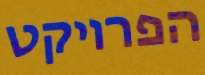
הפרויקט